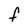
Character: F